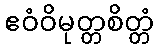
ဧဝံဝိမုတ္တစိတ္တံ